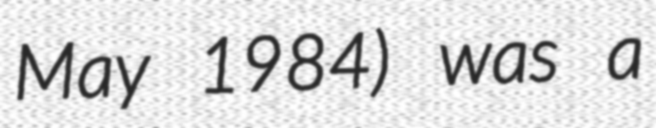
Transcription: May 1984) was a